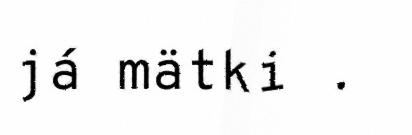
já mätki .